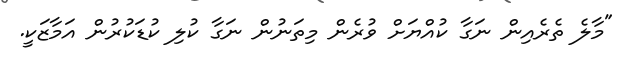
"މާލެ ތެރެއިން ނަގާ ކުއްޔަށް ވުރެން މިތަނުން ނަގާ ކުލި ކުޑަކުރުން އަމާޒަކީ.